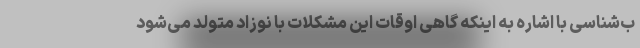
ب‌شناسی با اشاره به اینکه گاهی اوقات این مشکلات با نوزاد متولد می‌شود